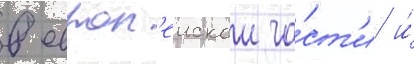
в европ'еискои ча́ст'и и́